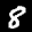
Label: 8